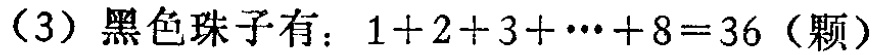
（3）黑色珠子有：\(1 + 2 + 3 + \cdots + 8 = 36\)（颗）